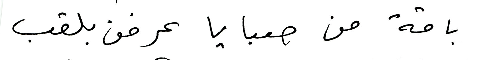
باقة من صبايا عرفن بلقب